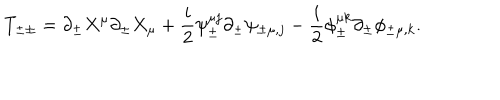
T _ { \pm \pm } = \partial _ { \pm } X ^ { \mu } \partial _ { \pm } X _ { \mu } + \frac { i } { 2 } { \psi } _ { \pm } ^ { \mu j } \partial _ { \pm } \psi _ { \pm \mu , j } - \frac { i } { 2 } { \phi } _ { \pm } ^ { \mu k } \partial _ { \pm } \phi _ { \pm \mu , k } .